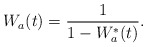
\begin{align*}W_a(t)=\frac{1}{1-W_a^*(t)}.\end{align*}